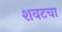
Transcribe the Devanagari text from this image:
शवटचा